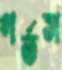
গর্তস